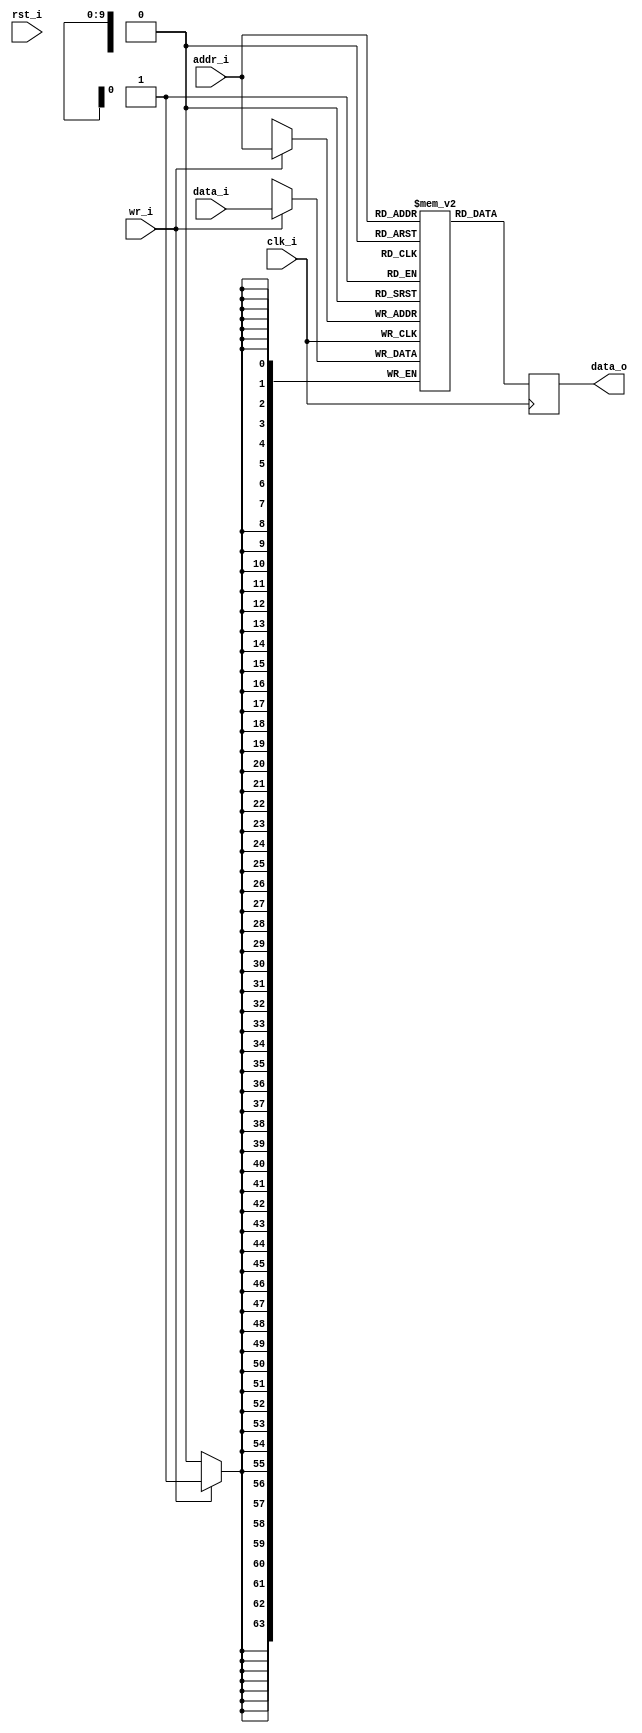
//-----------------------------------------------------------------
//                         biRISC-V CPU
//                            V0.6.0
//                     Ultra-Embedded.com
//                     Copyright 2019-2020
//
//                   admin@ultra-embedded.com
//
//                     License: Apache 2.0
//-----------------------------------------------------------------
// Copyright 2020 Ultra-Embedded.com
// 
// Licensed under the Apache License, Version 2.0 (the "License");
// you may not use this file except in compliance with the License.
// You may obtain a copy of the License at
// 
//     http://www.apache.org/licenses/LICENSE-2.0
// 
// Unless required by applicable law or agreed to in writing, software
// distributed under the License is distributed on an "AS IS" BASIS,
// WITHOUT WARRANTIES OR CONDITIONS OF ANY KIND, either express or implied.
// See the License for the specific language governing permissions and
// limitations under the License.
//-----------------------------------------------------------------

module icache_data_ram
(
    // Inputs
     input           clk_i
    ,input           rst_i
    ,input  [  9:0]  addr_i
    ,input  [ 63:0]  data_i
    ,input           wr_i

    // Outputs
    ,output [ 63:0]  data_o
);




//-----------------------------------------------------------------
// Single Port RAM 8KB
// Mode: Read First
//-----------------------------------------------------------------
reg [63:0]   ram [1023:0] /*verilator public*/;
reg [63:0]   ram_read_q;

// Synchronous write
always @ (posedge clk_i)
begin
    if (wr_i)
        ram[addr_i] <= data_i;
    ram_read_q <= ram[addr_i];
end

assign data_o = ram_read_q;



endmodule